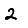
Digit: 2